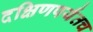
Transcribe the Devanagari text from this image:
दक्षिणपर्यंतच